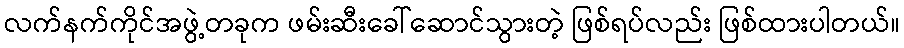
လက်နက်ကိုင်အဖွဲ့တခုက ဖမ်းဆီးခေါ်ဆောင်သွားတဲ့ ဖြစ်ရပ်လည်း ဖြစ်ထားပါတယ်။